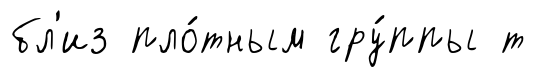
бл'из пло́тным гру́ппы т